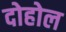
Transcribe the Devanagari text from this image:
दोहोल